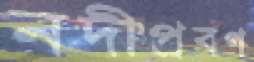
নদীপ্রবণ